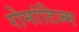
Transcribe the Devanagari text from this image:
रोमांटिज्म